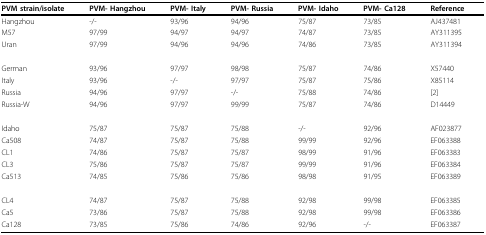
| PVM strain/isolate | PVM- Hangzhou | PVM- Italy | PVM- Russia | PVM- Idaho | PVM- Ca128 | Reference |
 | --- | --- | --- | --- | --- | --- | --- |
 | Hangzhou | -/- | 93/96 | 94/96 | 75/87 | 73/85 | AJ437481 |
 | M57 | 97/99 | 94/97 | 94/97 | 74/87 | 73/85 | AY311395 |
 | Uran | 97/99 | 94/96 | 94/96 | 74/86 | 73/85 | AY311394 |
 | German | 93/96 | 97/97 | 98/98 | 75/87 | 74/86 | X57440 |
 | Italy | 93/96 | -/- | 97/97 | 75/87 | 75/86 | X85114 |
 | Russia | 94/96 | 97/97 | -/- | 75/88 | 74/86 | [2] |
 | Russia-W | 94/96 | 97/97 | 99/99 | 75/87 | 74/86 | D14449 |
 | Idaho | 75/87 | 75/87 | 75/88 | -/- | 92/96 | AF023877 |
 | Ca508 | 74/87 | 75/87 | 75/88 | 99/99 | 92/96 | EF063388 |
 | CL1 | 74/86 | 75/87 | 75/87 | 98/99 | 91/96 | EF063383 |
 | CL3 | 75/86 | 75/87 | 75/87 | 99/99 | 91/96 | EF063384 |
 | Ca513 | 74/85 | 75/86 | 75/86 | 98/98 | 91/95 | EF063389 |
 | CL4 | 74/87 | 75/87 | 75/88 | 92/98 | 99/98 | EF063385 |
 | Ca5 | 73/86 | 75/87 | 75/88 | 92/98 | 99/98 | EF063386 |
 | Ca128 | 73/85 | 75/86 | 74/86 | 92/96 | -/- | EF063387 |